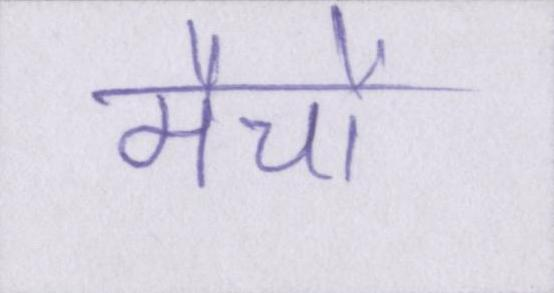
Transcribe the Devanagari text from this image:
मैचों